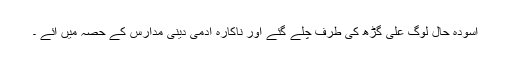
آسودہ حال لوگ علی گڑھ کی طرف چلے گئے اور ناکارہ آدمی دینی مدارس کے حصہ میں آئے ۔